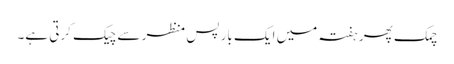
چمک پھر ہفتہ میں ایک بار پس منظر سے چیک کرتی ہے۔